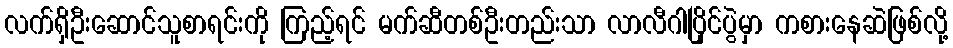
လက်ရှိဦးဆောင်သူစာရင်းကို ကြည့်ရင် မက်ဆီတစ်ဦးတည်းသာ လာလီဂါပြိုင်ပွဲမှာ ကစားနေဆဲဖြစ်လို့